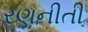
રણનીતી